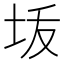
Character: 𰉠